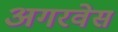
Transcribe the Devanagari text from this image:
अगरवेस